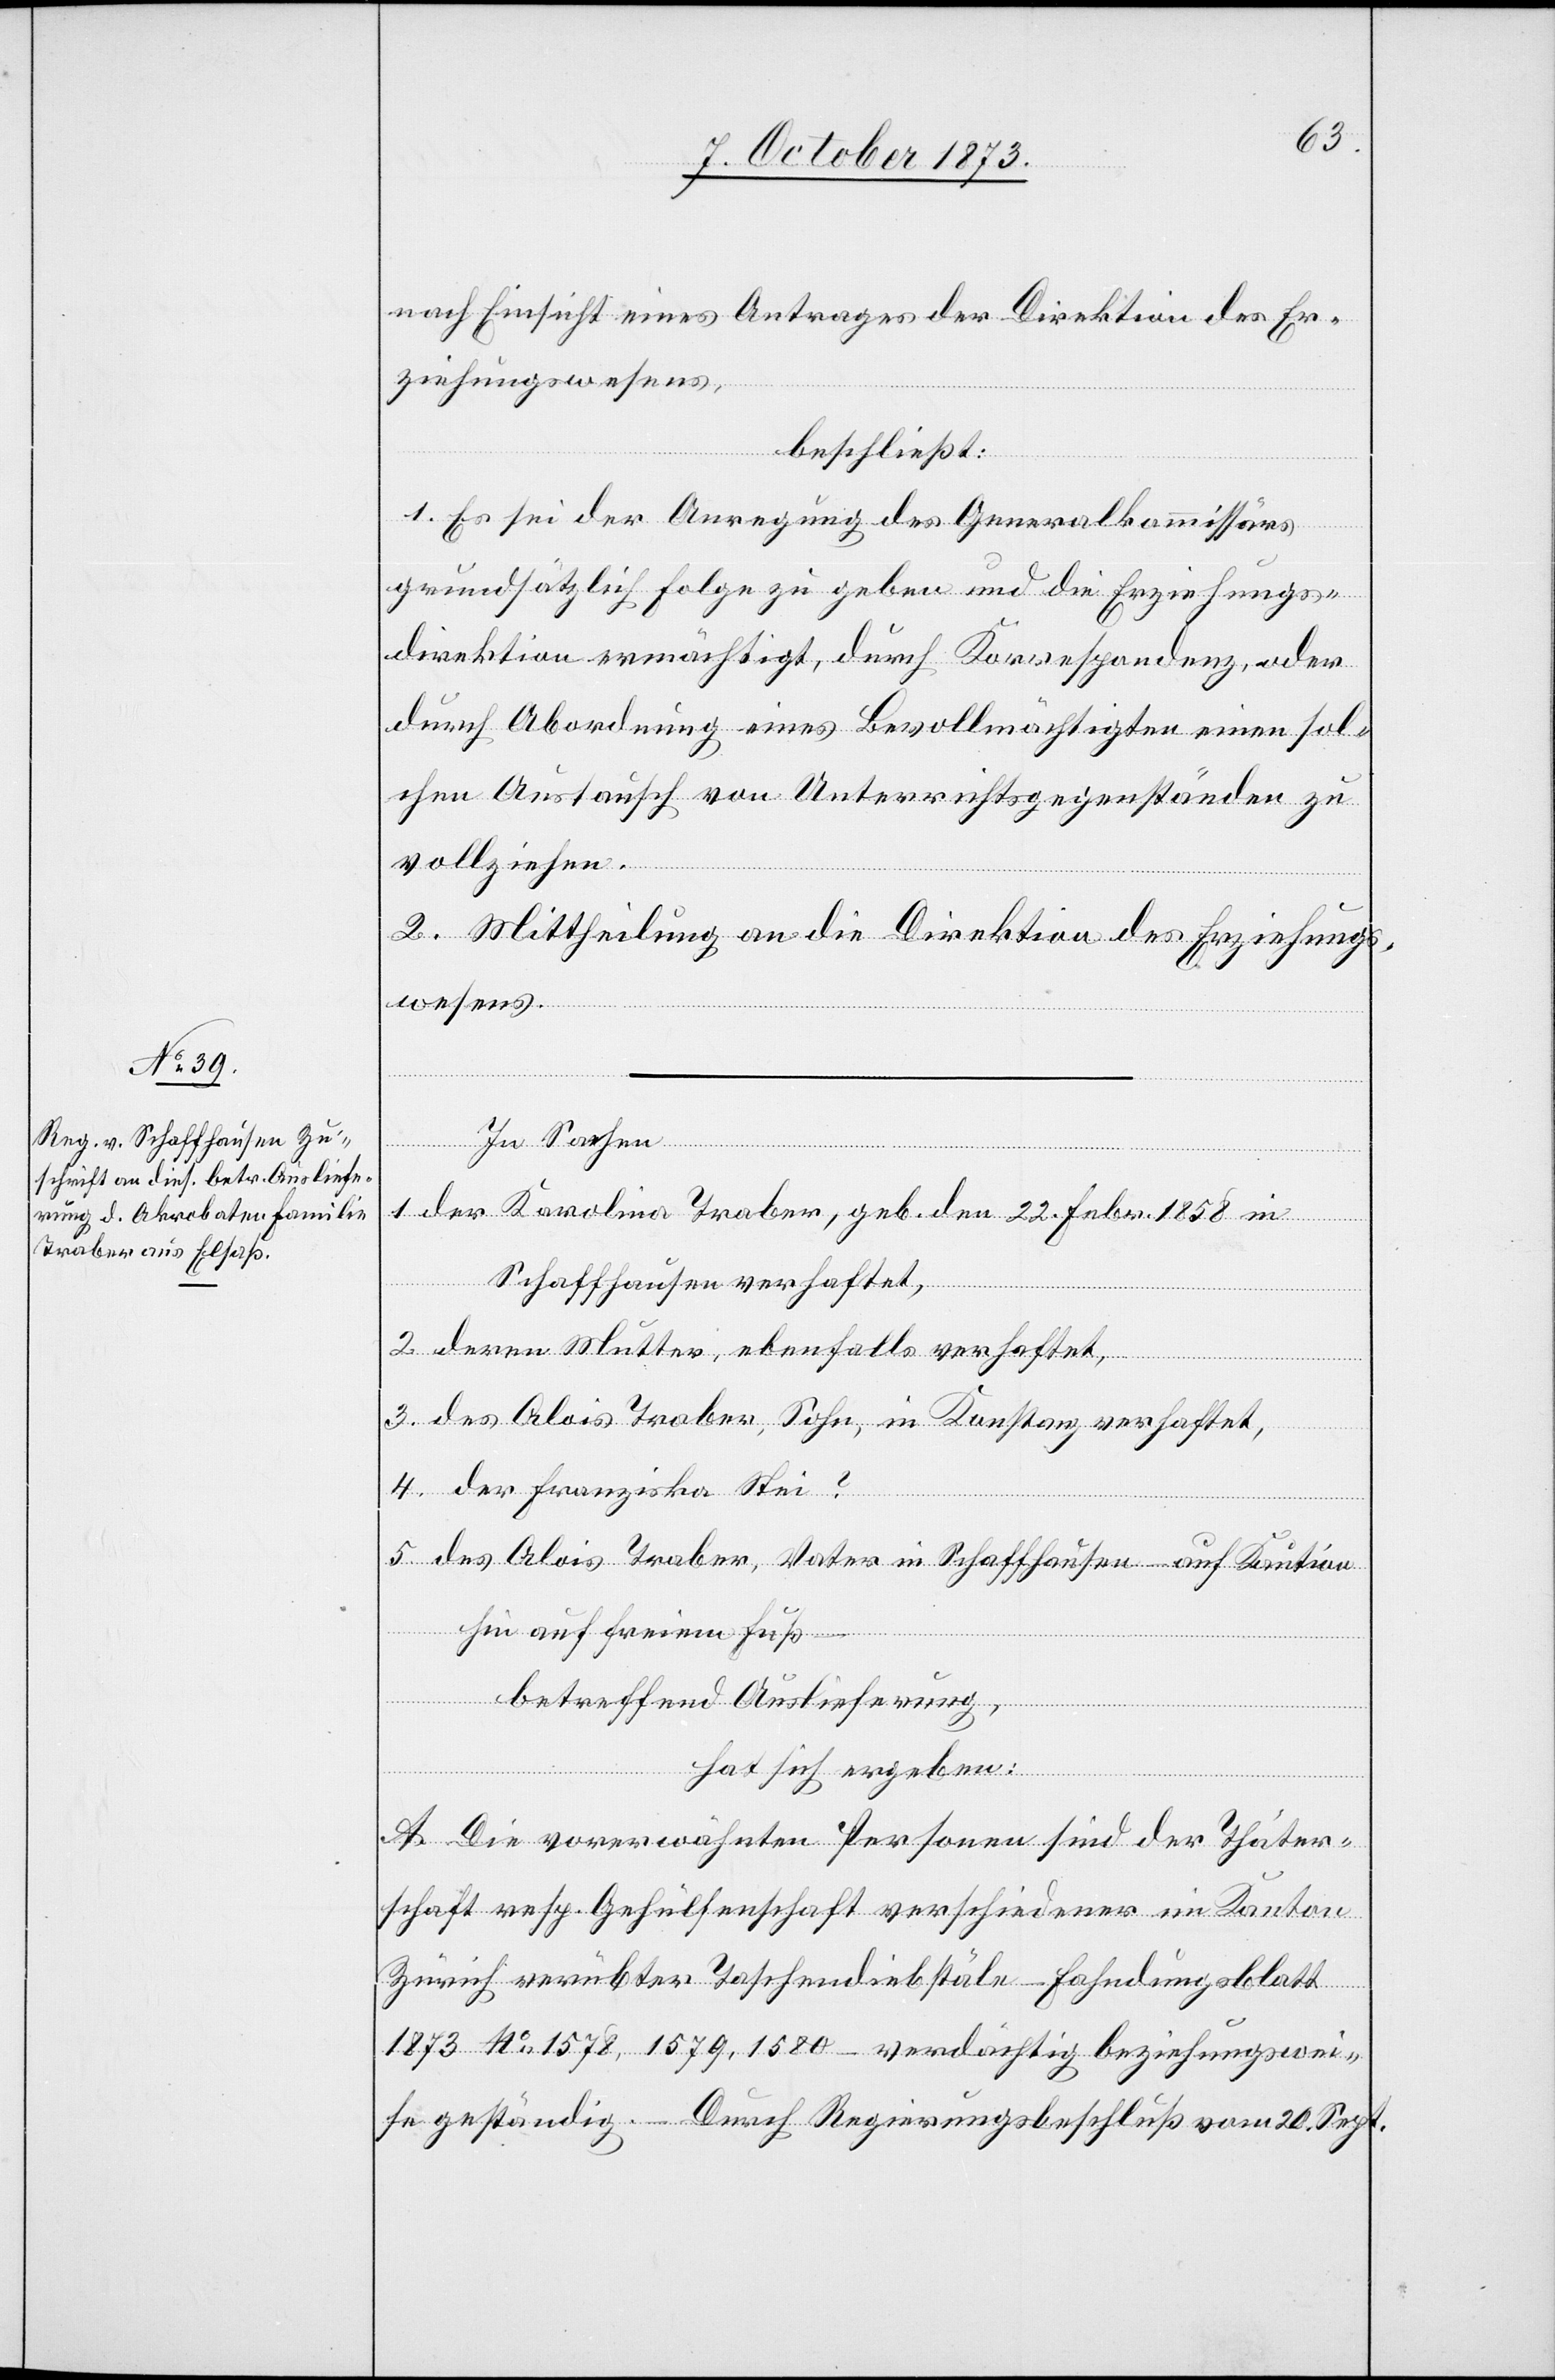
nach Einsicht eines Antrages der Direktion des Er¬
ziehungswesens,
beschließt:
1. Es sei der Anregung des Generalkommissärs
grundsätzlich Folge zu geben und die Erziehungs¬
direktion ermächtigt, durch Korrespondenz, oder
durch Abordnung eines Bevollmächtigten einen sol¬
chen Austausch von Unterrichtsgegenständen zu
vollziehen.
2. Mittheilung an die Direktion des Erziehungs¬
wesens.
In Sachen
1. der Karolina Traber, geb. den 22. Febr. 1858 in
Schaffhausen verhaftet,
2. deren Mutter, ebenfalls verhaftet,
3. des Alois Traber, Sohn, in Konstanz verhaftet,
4. der Franziska Stei?
5. des Alois Traber, Vater in Schaffhausen – auf Kaution
hin auf freiem Fuß –
betreffend Auslieferung,
hat sich ergeben:
A. Die vorerwähnten Personen sind der Thäter¬
schaft resp. Gehülfenschaft verschiedener im Kanton
Zürich verübter Taschendiebstäle – Fahndungsblatt
1873 No 1578, 1579, 1580 – verdächtig beziehungswei¬
se geständig. – Durch Regierungsbeschluß vom 20. Sept.